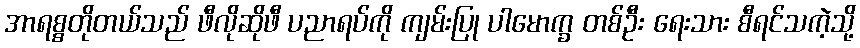
အာရစ္စတိုတယ်သည် ဖီလိုဆိုဖီ ပညာရပ်ကို ကျမ်းပြု ပါမောက္ခ တစ်ဦး ရေးသား စီရင်သကဲ့သို့